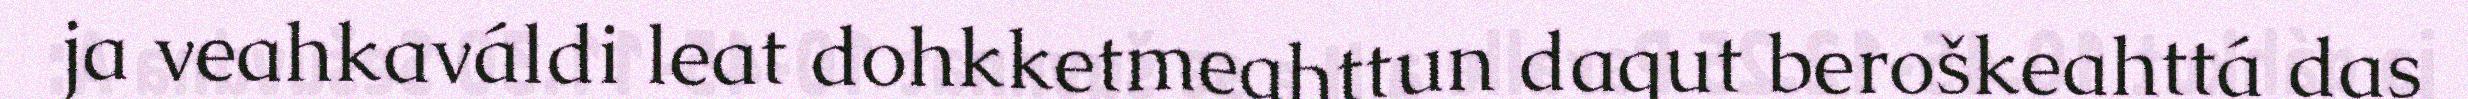
ja veahkaváldi leat dohkketmeahttun dagut beroškeahttá das